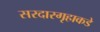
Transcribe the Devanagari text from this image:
सरदारगृहाकडे